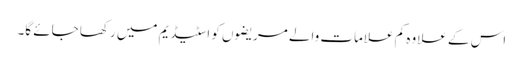
اس کے علاوہ کم علامات والے مریضوں کو اسٹیڈیم میں رکھا جائے گا۔